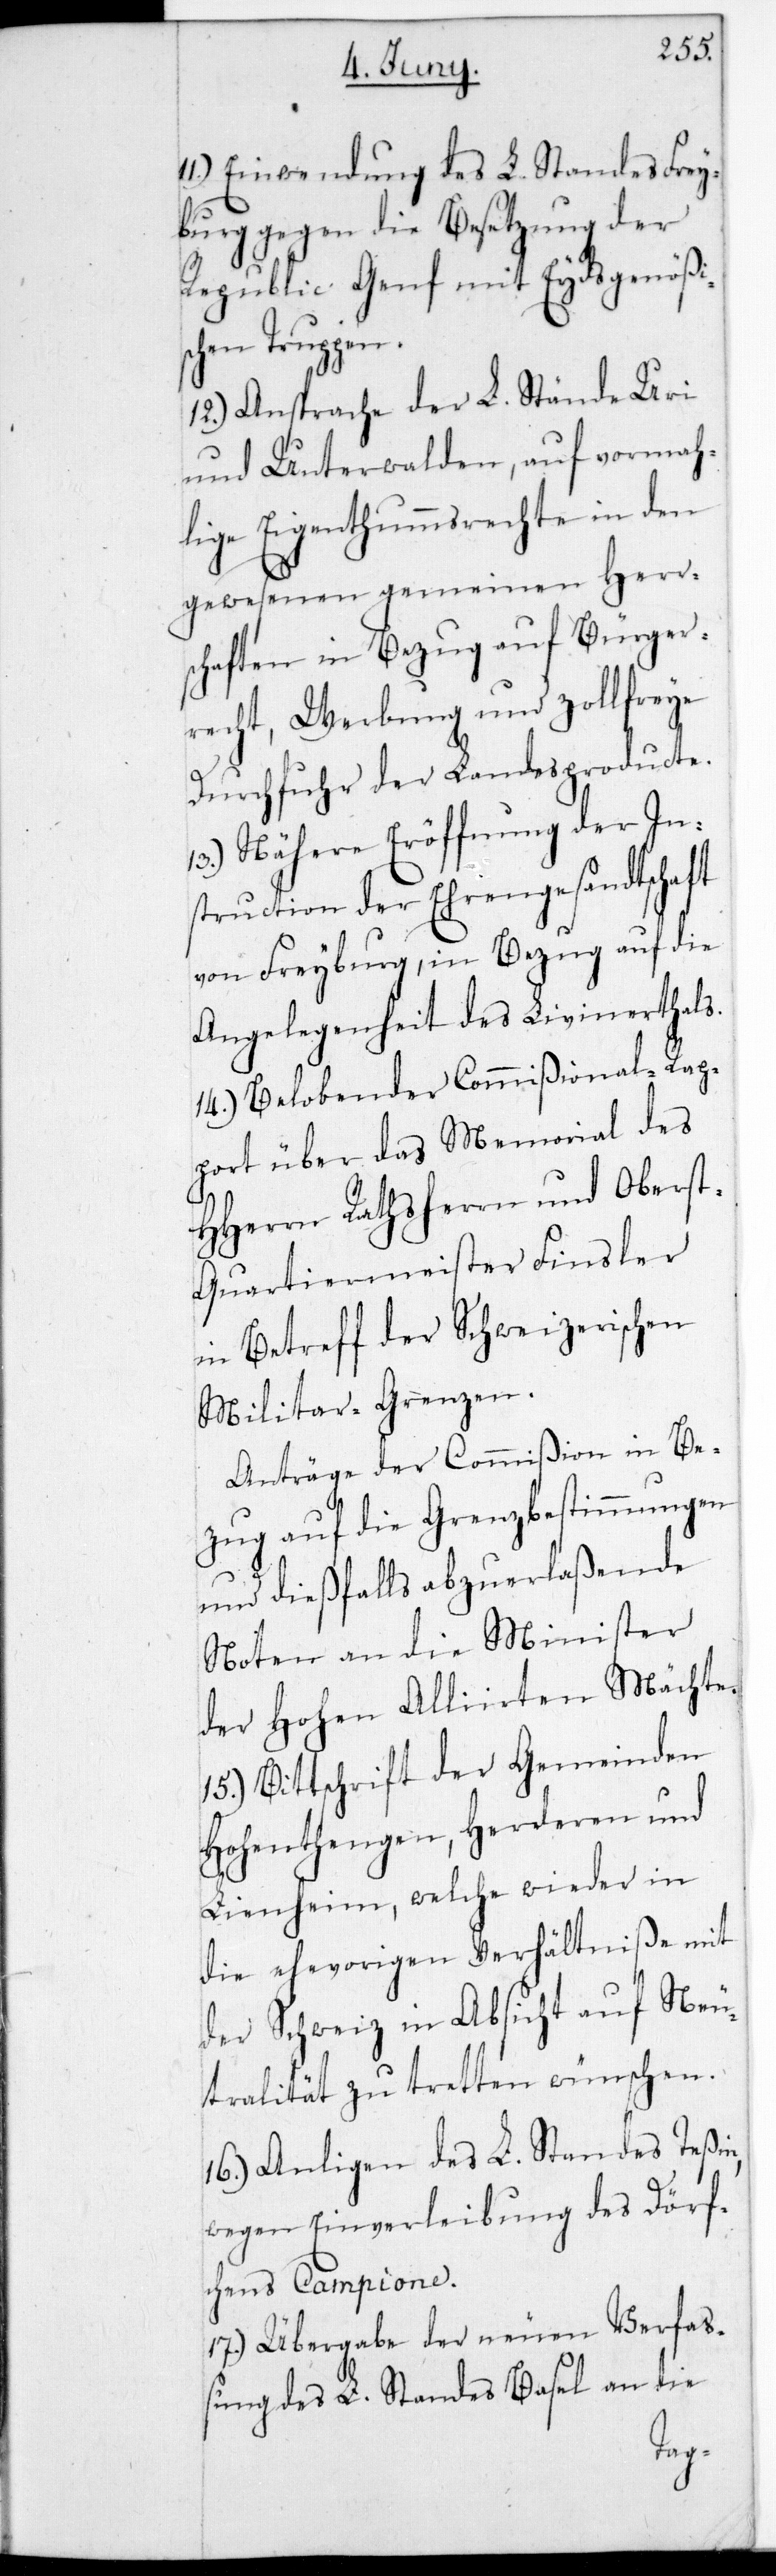
Einwendung des L. Standes Frey¬
burg gegen die Besetzung der
Republic Genf mit Eydsgenöß¬
chen Truppen.
12.) Ansprache der L. Stände Uri
und Unterwalden, auf vorma¬
lige Eigenthumsrechte in den
gewesenen gemeinen Herr¬
schaften in Bezug auf Bürger¬
recht, Werbung und zollfreie
Durchfuhr der Landesproducte.
13.) Nähere Eröffnung der In¬
struction der Ehrengesandtschaft
von Freyburg; in Bezug auf die
Angelegenheit des Livinerthals.
14.) Belobender Commißional-Rap¬
port über das Memorial des
HHerrn Rathsherrn und Obers¬
t-Quartiermeister Finsler
in Betreff der Schweizerischen
Militär-Grenzen.
Anträge der Commißion in Be¬
zug auf die Grenzbestimmungen
und dießfalls abzuerlaßende
Noten an die Minister
der Hohen Alliirten Mächte.
15.) Bittschrift der Gemeinden
Hohentengen, Herdern und
Lienheim, welche wieder in
die ehevorigen Verhältniße mit
der Schweiz in Absicht auf Neu¬
tralität zu tretten wünschen.
16.) Anliegen des L. Standes Teßin,
wegen Einverleibung des Dörf¬
chens Campione.
17.) Übergabe der neuen Verfaß¬
ung des L. Standes Basel an die
is¬